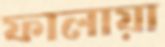
ফালায়া